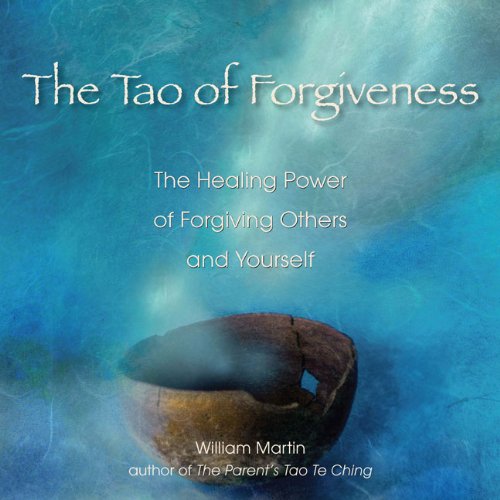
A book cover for The Tao of Forgiveness: The Healing Power of Forgiving Others and Yourself; William Martin; Religion & Spirituality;